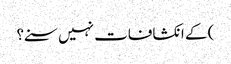
) کے انکشافات نہیں سنے؟